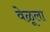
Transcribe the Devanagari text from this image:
वेळूला